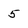
Character: 5